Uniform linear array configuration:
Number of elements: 64
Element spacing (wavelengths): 0.75
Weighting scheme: cosine
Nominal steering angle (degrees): -30
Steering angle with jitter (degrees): -28.008
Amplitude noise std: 0.05
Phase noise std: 0.05

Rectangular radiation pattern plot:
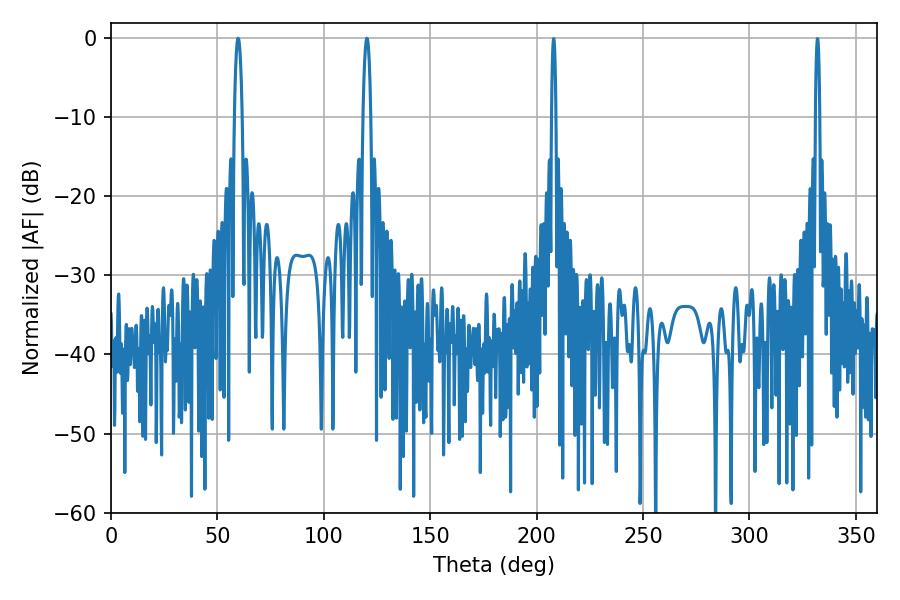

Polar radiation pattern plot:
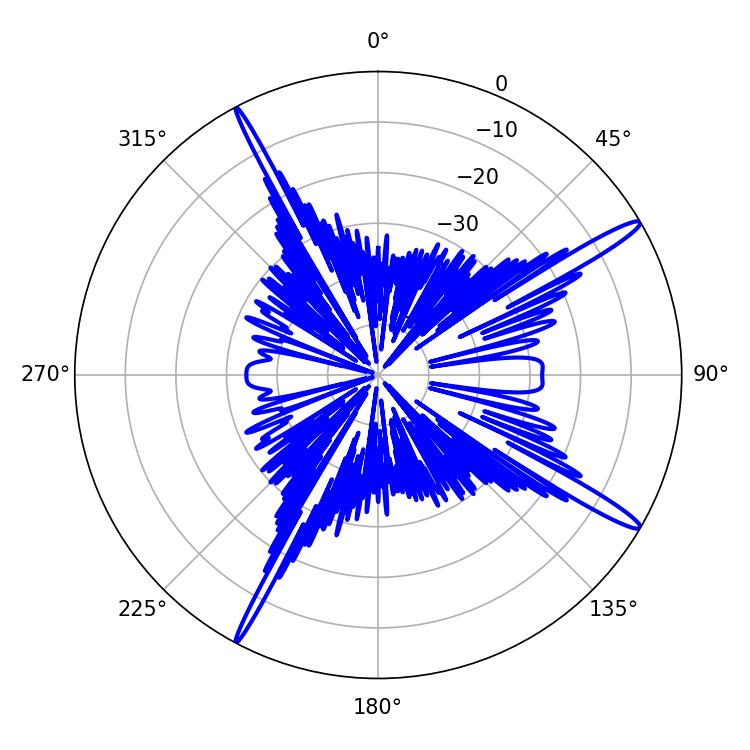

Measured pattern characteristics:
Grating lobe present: TRUE
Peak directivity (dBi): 16.049
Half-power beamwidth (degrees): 2.16
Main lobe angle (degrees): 59.76